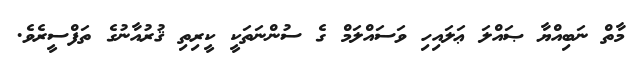
މާތް ނަބިއްޔާ ޞައްލަ ޢަލައިހި ވަސައްލަމް ގެ ސުންނަތަކީ ކީރިތި ޤުރުއާނުގެ ތަފްސީރެވެ.